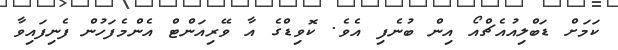
ކަމަށް ޑަބްލިއުއެޗްއޯ އިން ބުނެފި އެވެ. ކޮވިޑްގެ އާ ވޭރިއަންޓް އެންމެފަހުން ފެނިފައިވާ